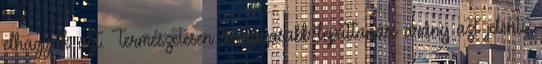
elhagyják azt. Természetesen a magasabb lepattanási arány azt jelenti,